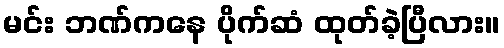
မင်း ဘဏ်ကနေ ပိုက်ဆံ ထုတ်ခဲ့ပြီလား။